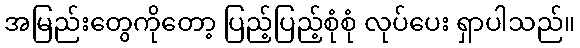
အမြည်းတွေကိုတော့ ပြည့်ပြည့်စုံစုံ လုပ်ပေး ရှာပါသည်။